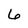
Character: 6